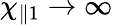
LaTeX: \chi_{\parallel 1}\rightarrow\infty